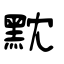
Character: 黕